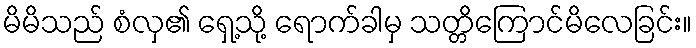
မိမိသည် စံလှ၏ ရှေ့သို့ ရောက်ခါမှ သတ္တိကြောင်မိလေခြင်း။